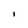
Character: I